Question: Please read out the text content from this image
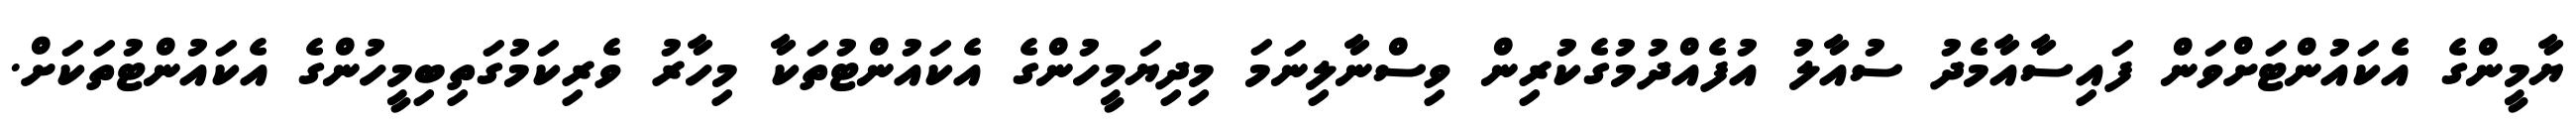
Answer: ޔާމީންގެ އެކައުންޓަށްވަން ފައިސާއާމެދު ސުއާލު އުފެއްދުމުގެކުރިން ވިސްނާލިނަމަ މިދިޔަމީހުންގެ އެކައުންޓުތަކާ މިހާރު ވެރިކަމުގަތިބިމީހުންގެ އެކައުންޓުތަކަށް.